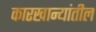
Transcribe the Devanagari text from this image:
कारखान्यांतील